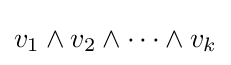
v_{1}\wedge v_{2}\wedge \dots \wedge v_{k}